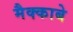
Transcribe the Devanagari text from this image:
मैक्काबे